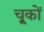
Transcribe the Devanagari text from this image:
चू्कों